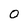
Character: O